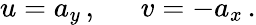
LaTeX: u=a_{y}\, ,\, \, \, \, \, \, \, \, \, v=-a_{x}\, .